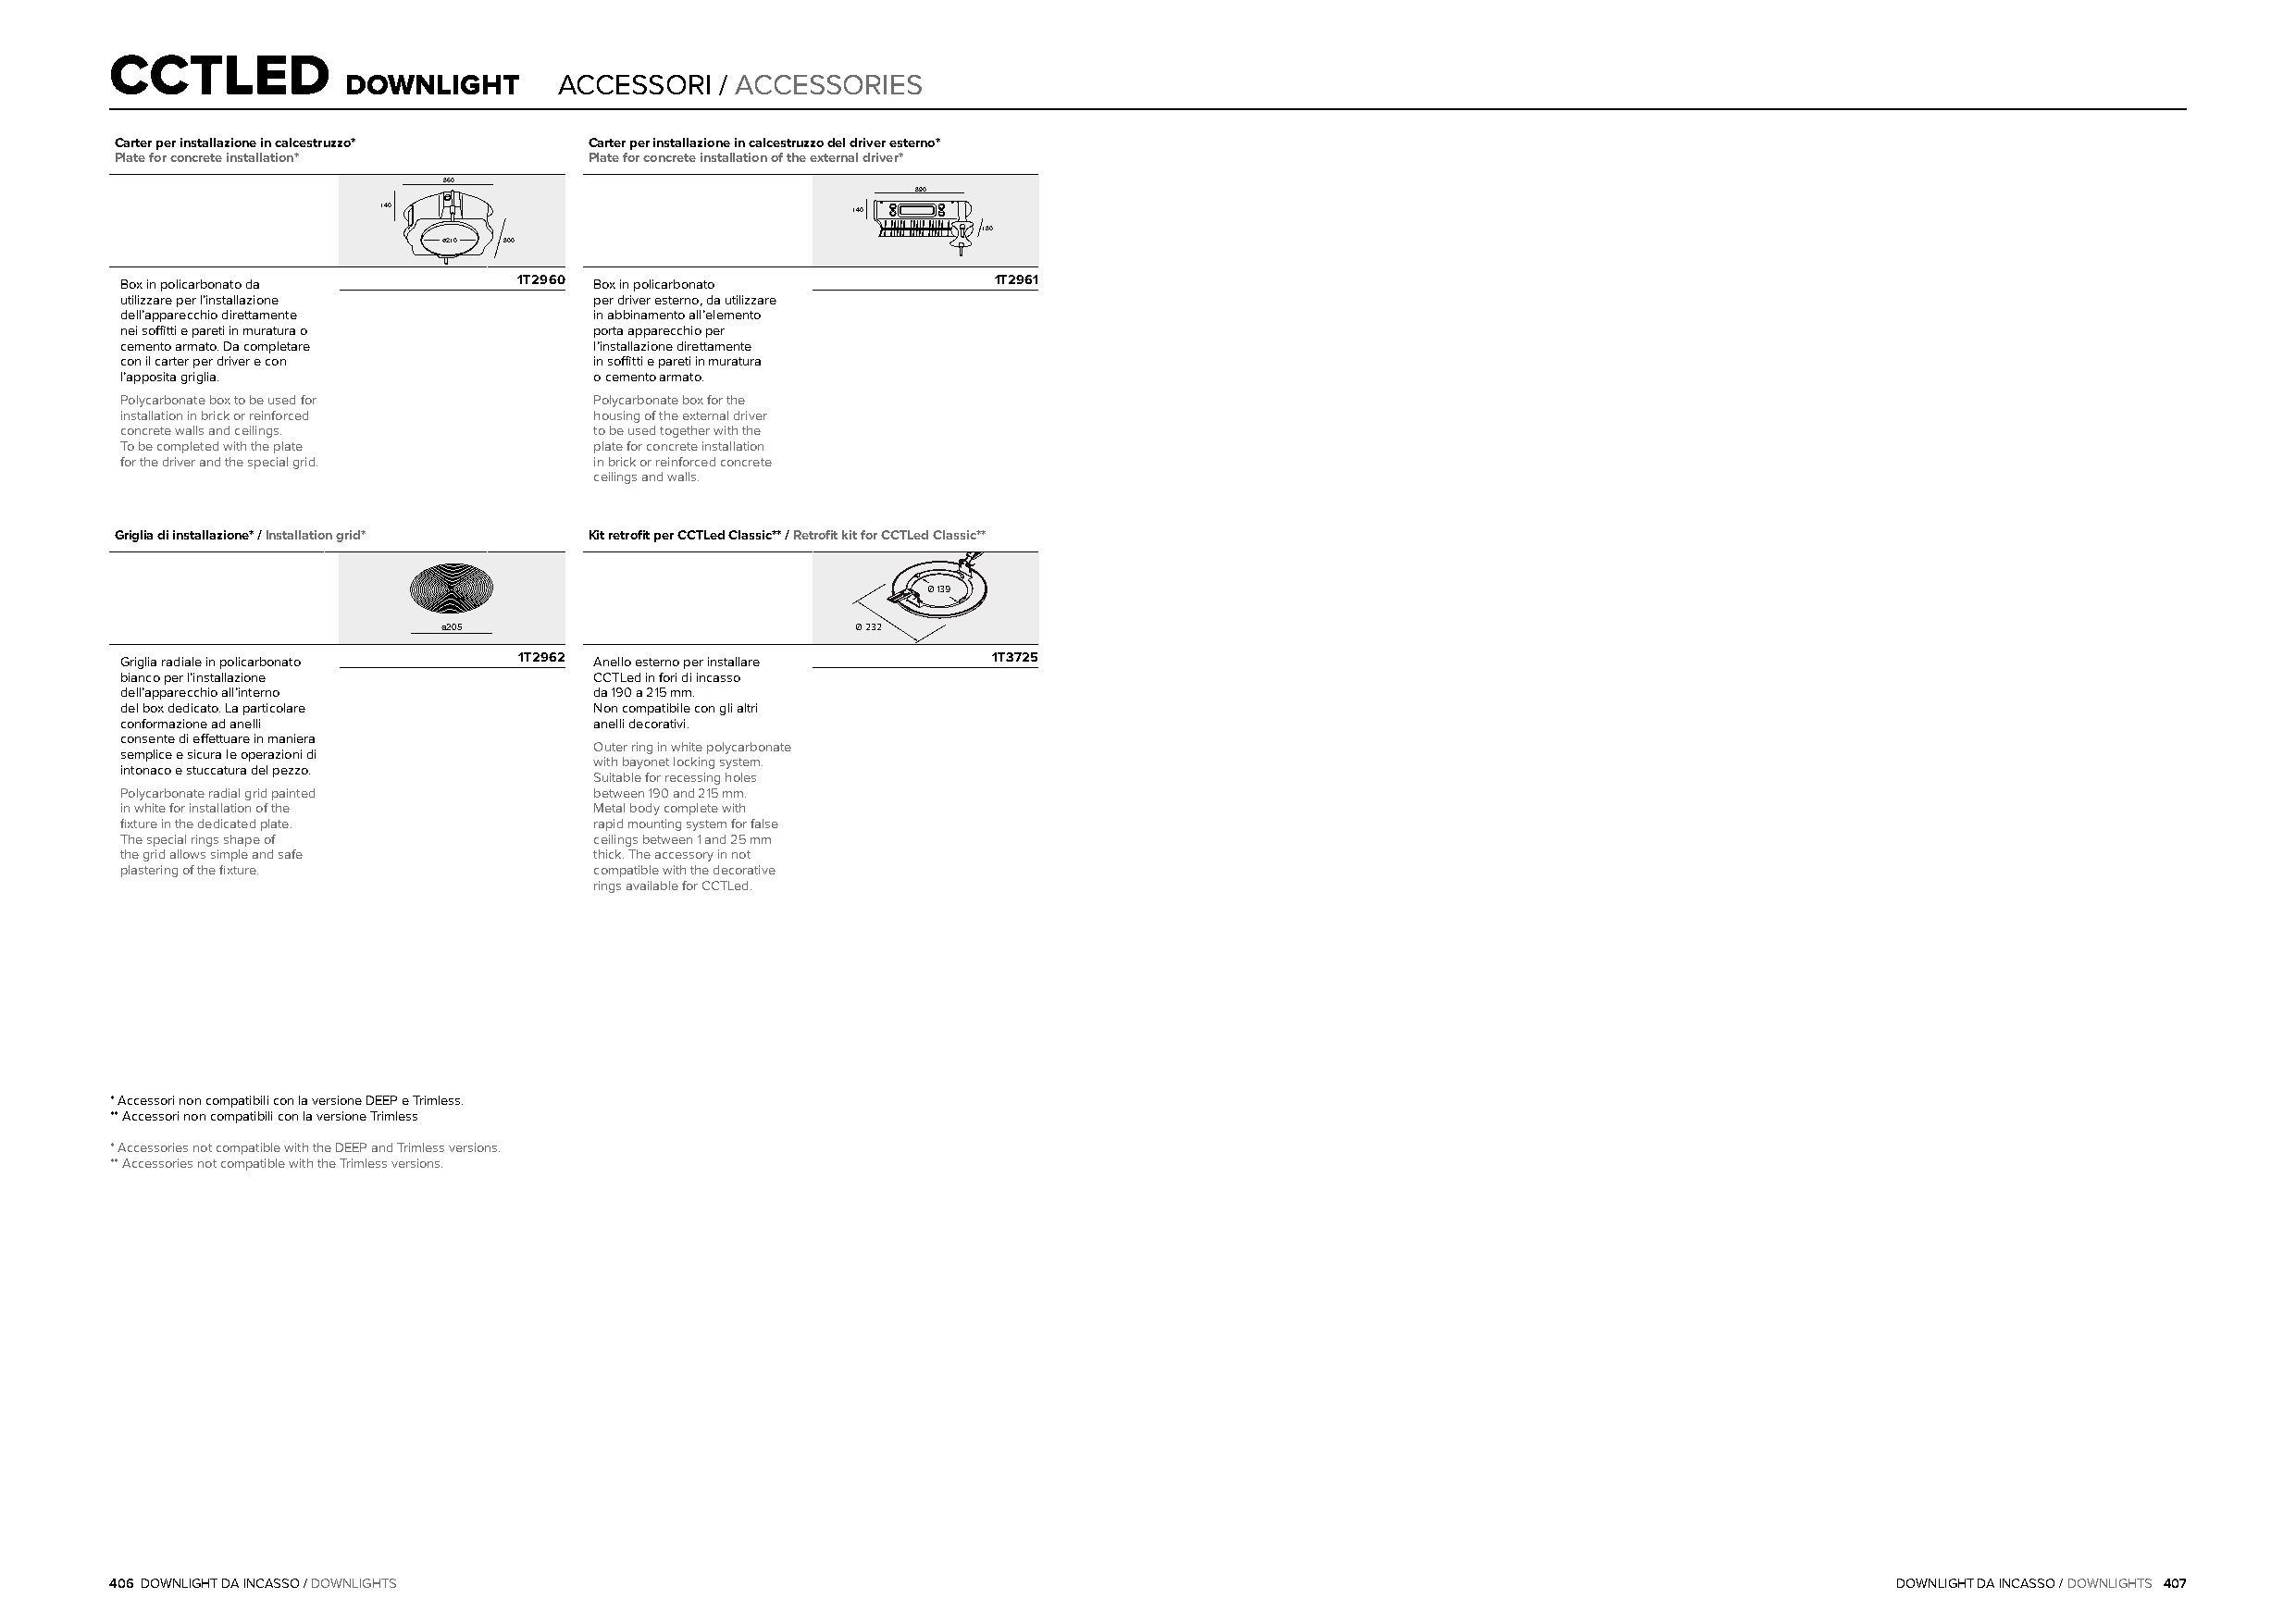
360
 CCTLED
 140
 DOWNLIGHT      ACCESSORI  / ACCESSORIES
 ø210 300
 Carter per installazione in calcestruzzo* Carter per installazione in calcestruzzo del driver esterno*
 Plate for concrete installation*  Plate for concrete installation of the external driver*
 360
 360                              390
 140                               140
 140                                          130
 ø210 300
 Box in policarbonato da ø210 1T3200960 Box in policarbonato   1T2961
 utilizzare per l’installazione   per driver esterno, da utilizzare
 dell’apparecchio direttamente    in abbinamento all’elemento
 nei soffitti e pareti in muratura o 390 porta apparecchio per
 cemento armato. Da completare    l’installazione direttamente ø205
 140
 con il carter per driver e con   in soffitti e pareti in muratura
 l’apposita griglia.         130  o cemento armato.
 Polycarbonate box to be used for Polycarbonate box for the
 390
 installation in brick or reinforced housing of the external driver
 concrete walls and ceilings.     to be used together with the
 140
 To be completed with the plate   plate for concrete installation
 for the driver and the special grid. 130 in brick or reinforced concrete
 ceilings and walls.
 ø205
 Griglia di installazione* / Installation grid* Kit retrofit per CCTLed Classic** / Retrofit kit for CCTLed Classic**
 Ø 139
 ø205                         Ø 232
 Griglia radiale in policarbonato 1T2962 Anello esterno per installare 1T3725
 bianco per l’installazione       CCTLed in fori di incasso
 dell’apparecchio all’interno     da 190 a 215mm.
 del box dedicato. La particolare Non compatibile con gli altri
 conformazione ad anelli          anelli decorativi.
 consente di effettuare in maniera
 Outer ring in white polycarbonate
 semplice e sicura le operazioni di
 with bayonet locking system.
 intonaco e stuccatura del pezzo.
 Suitable for recessing holes
 Polycarbonate radial grid painted between 190 and 215mm.
 in white for installation of the Metal body complete with
 fixture in the dedicated plate.  rapid mounting system for false
 The special rings shape of       ceilings between 1 and 25mm
 the grid allows simple and safe  thick. The accessory in not
 plastering of the fixture.       compatible with the decorative
 rings available for CCTLed.
 * Accessori non compatibili con la versione DEEP e Trimless.
 ** Accessori non compatibili con la versione Trimless
 * Accessories not compatible with the DEEP and Trimless versions.
 ** Accessories not compatible with the Trimless versions.
 406 DOWNLIGHT DA INCASSO / DOWNLIGHTS                                                                                           DOWNLIGHT DA INCASSO / DOWNLIGHTS 407